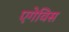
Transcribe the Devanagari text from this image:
एगेविस